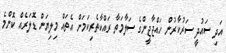
އަދި ސައުދީ ސަރުކާރުން ހައްޖާޖީންގެ ސަލާމަތާ ރައްކާތެރިކަމަށް އެތައް މިލިޔަން ޑޮލަރެއް ކޮންމެ